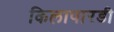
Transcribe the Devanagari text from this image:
किलापारडी